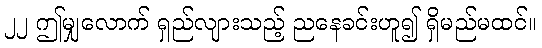
၂၂ ဤမျှလောက် ရှည်လျားသည့် ညနေခင်းဟူ၍ ရှိမည်မထင်။